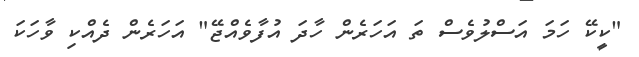
"ކީކޭ ހަމަ އަސްލުވެސް ތަ އަހަރެން ހާދަ އުފާވެއްޖޭ" އަހަރެން ދެއްކި ވާހަކަ